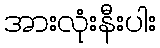
အားလုံးနီးပါး